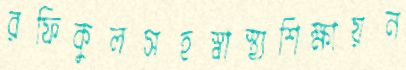
রফিকুলসহস্বাস্থ্যশিক্ষায়ন